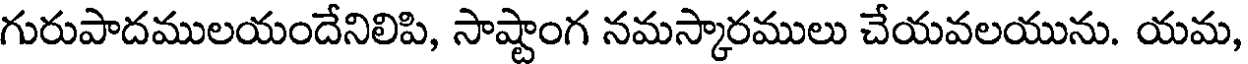
గురుపాదములయందేనిలిపి, సాష్టాంగ నమస్కారములు చేయవలయును. యమ,